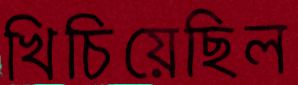
খিচিয়েছিল